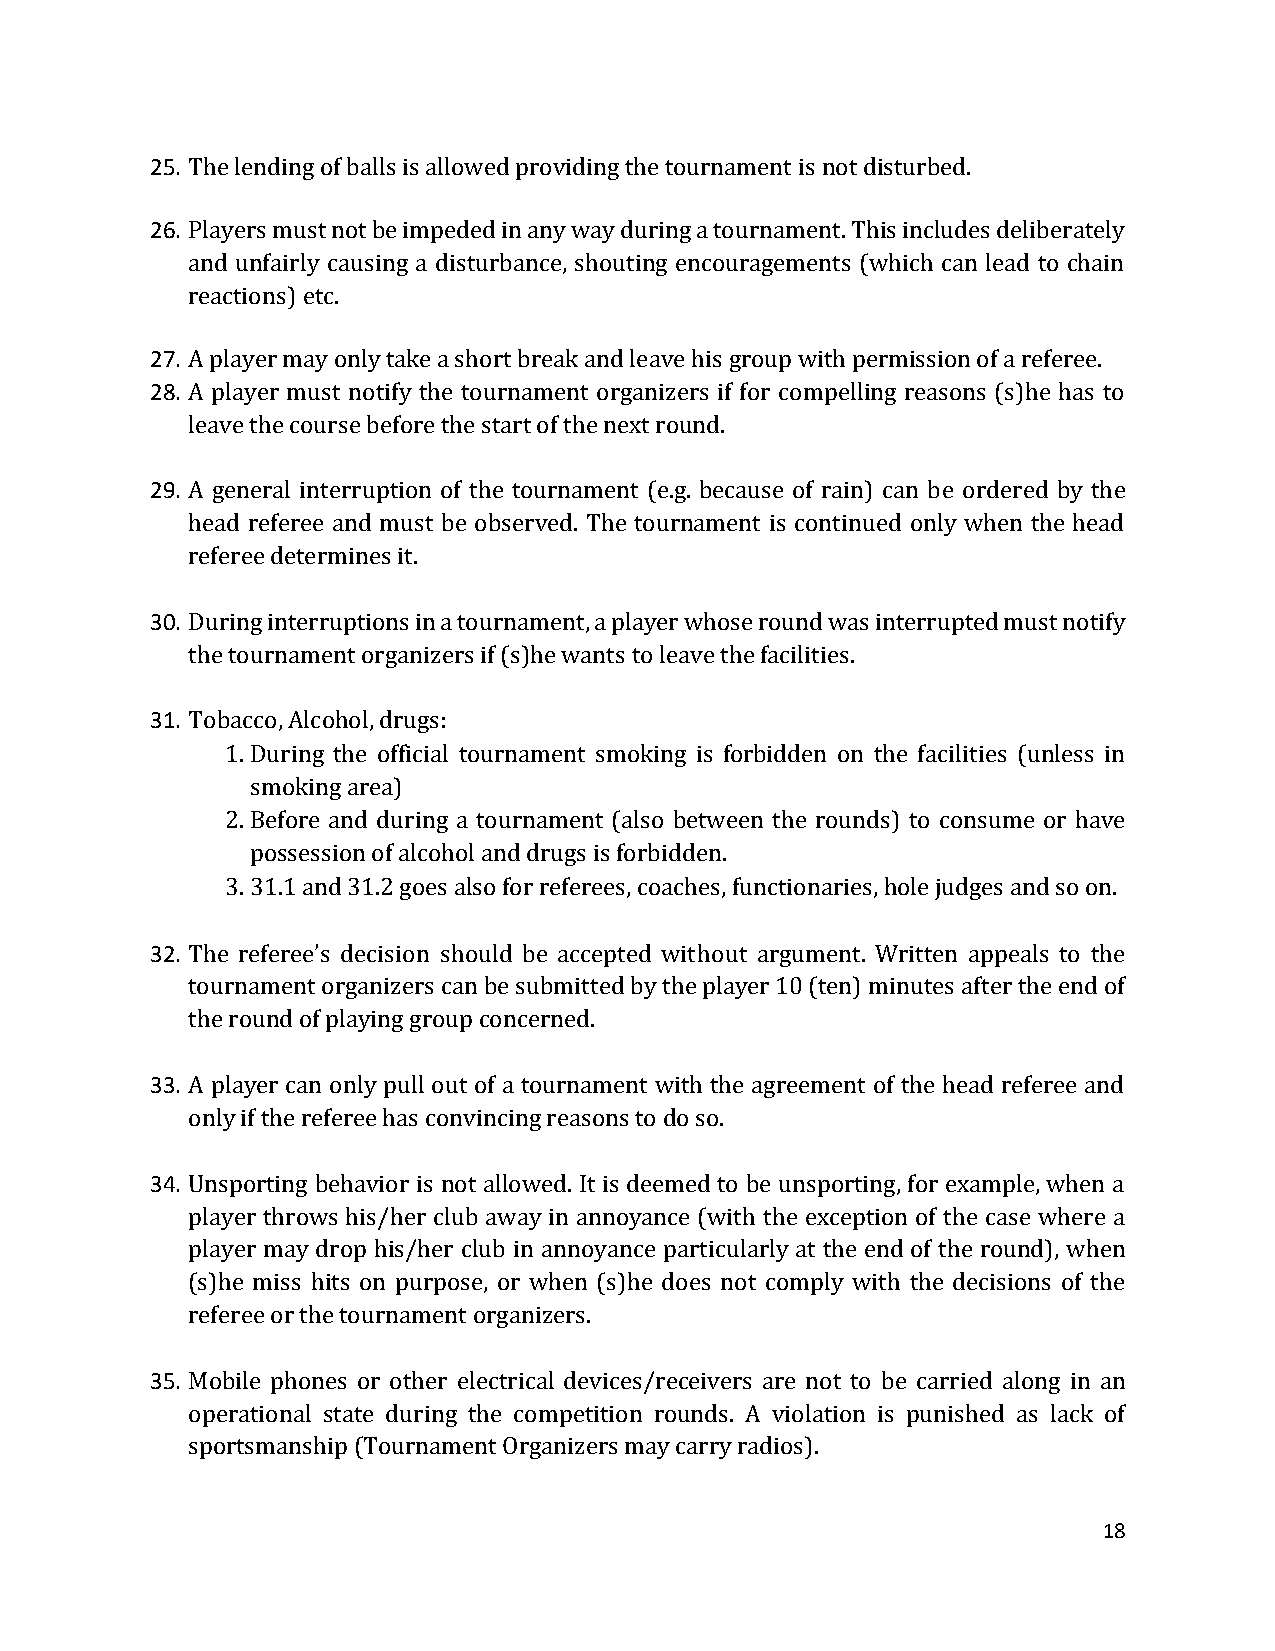
25. The lending of balls is allowed providing the tournament is not disturbed.
 26. Players must not be impeded in any way during a tournament. This includes deliberately
 and unfairly causing a disturbance, shouting encouragements (which can lead to chain
 reactions) etc.
 27. A player may only take a short break and leave his group with permission of a referee.
 28. A player must notify the tournament organizers if for compelling reasons (s)he has to
 leave the course before the start of the next round.
 29. A general interruption of the tournament (e.g. because of rain) can be ordered by the
 head referee and must be observed. The tournament is continued only when the head
 referee determines it.
 30. During interruptions in a tournament, a player whose round was interrupted must notify
 the tournament organizers if (s)he wants to leave the facilities.
 31. Tobacco, Alcohol, drugs:
 1. During the official tournament smoking is forbidden on the facilities (unless in
 smoking area)
 2. Before and during a tournament (also between the rounds) to consume or have
 possession of alcohol and drugs is forbidden.
 3. 31.1 and 31.2 goes also for referees, coaches, functionaries, hole judges and so on.
 32. The referee’s decision should be accepted without argument. Written appeals to the
 tournament organizers can be submitted by the player 10 (ten) minutes after the end of
 the round of playing group concerned.
 33. A player can only pull out of a tournament with the agreement of the head referee and
 only if the referee has convincing reasons to do so.
 34. Unsporting behavior is not allowed. It is deemed to be unsporting, for example, when a
 player throws his/her club away in annoyance (with the exception of the case where a
 player may drop his/her club in annoyance particularly at the end of the round), when
 (s)he miss hits on purpose, or when (s)he does not comply with the decisions of the
 referee or the tournament organizers.
 35. Mobile phones or other electrical devices/receivers are not to be carried along in an
 operational state during the competition rounds. A violation is punished as lack of
 sportsmanship (Tournament Organizers may carry radios).
 18